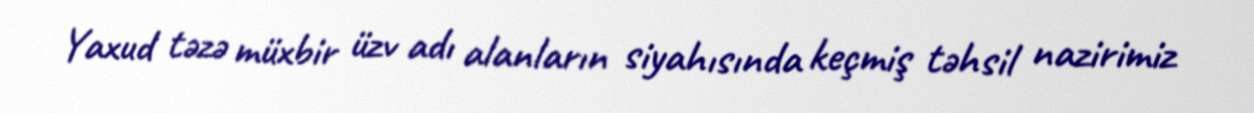
Yaxud təzə müxbir üzv adı alanların siyahısında keçmiş təhsil nazirimiz